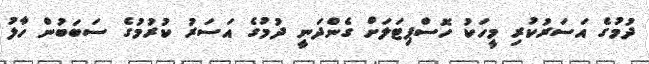
ދުމުގެ އަސަރުކުރި މީހަކު ހޮސްޕިޓަލަށް ގެންދަނީ ދުމުގެ އަސަރު ކުރުމުގެ ސަބަބުން ހާލު